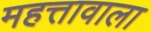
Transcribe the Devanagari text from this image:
महत्तावाला